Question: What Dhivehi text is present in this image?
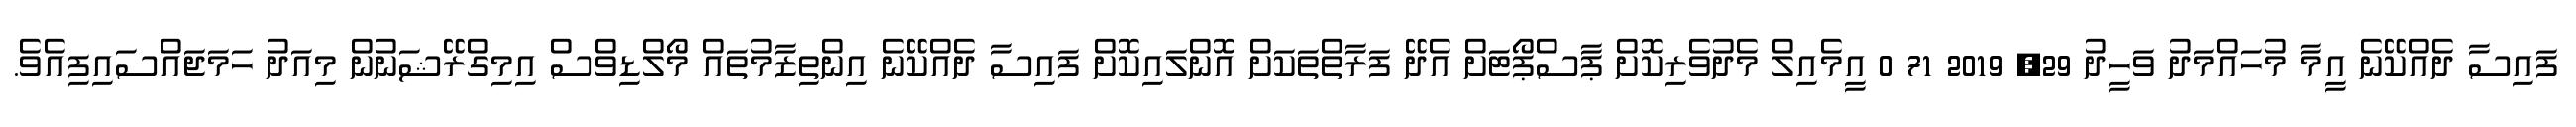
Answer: ފައިސާ ދެއްކޭނެ އީމާ މުހައްމަދު ވަހީދު 29, 2019 71 0 އީމެއިލް މެދުވެރިކޮށް ޕާސްޕޯޓަށް އެދޭ ފަރާތްތަކަށް އޮންލައިކޮށް ފައިސާ ދެއްކޭނެ އިންތިޒާމުތައް މޯލްޑިވްސް އިމިގްރޭޝަނުން މިއަދު ހަމަޖައްސައިފިއެވެ.